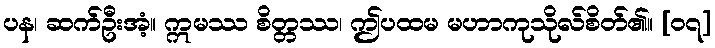
ပန၊ ဆက်ဦးအံ့။ ဣမဿ စိတ္တဿ၊ ဤပထမ မဟာကုသိုလ်စိတ်၏။ [၀၇]